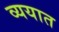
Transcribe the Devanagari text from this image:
व्ययात